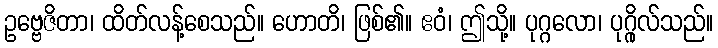
ဥဗ္ဗေဇိတာ၊ ထိတ်လန့်စေသည်။ ဟောတိ၊ ဖြစ်၏။ ဧဝံ၊ ဤသို့။ ပုဂ္ဂလော၊ ပုဂ္ဂိုလ်သည်။